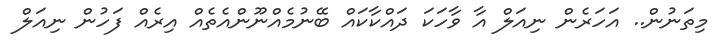
މިތަނުން.. އަހަރެން ނިއަލް އާ ވާހަކަ ދައްކާކައް ބޭނުމެއްނޫންއެތެއް އިރެއް ފަހުން ނިއަލް